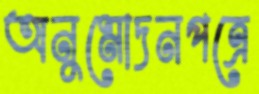
অনুমোদনপত্রে